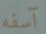
آسفه